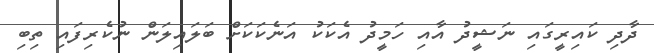
ދާދި ކައިރީގައި ނަޝީދު އާއި ހަމީދު އެކަކު އަނެކަކަށް ބަލައިލަން ނުކެރިފައި ތިބި